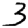
Digit: 3